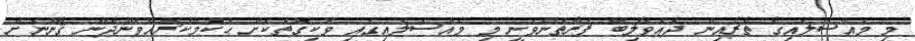
މި މައްސަލައިގެ ތެރެއިން ދަޢުވާލިބޭ ފަރާތުންވަނީ މި މައްސަލައިގައި ވަކިގޮތަކަށް ޙުކުމްކުރައްވަންދެން ޤާނޫނަށް